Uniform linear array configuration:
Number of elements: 64
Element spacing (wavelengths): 0.75
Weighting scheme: hann
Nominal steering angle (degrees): -45
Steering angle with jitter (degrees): -43.249
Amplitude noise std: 0.05
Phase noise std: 0.05

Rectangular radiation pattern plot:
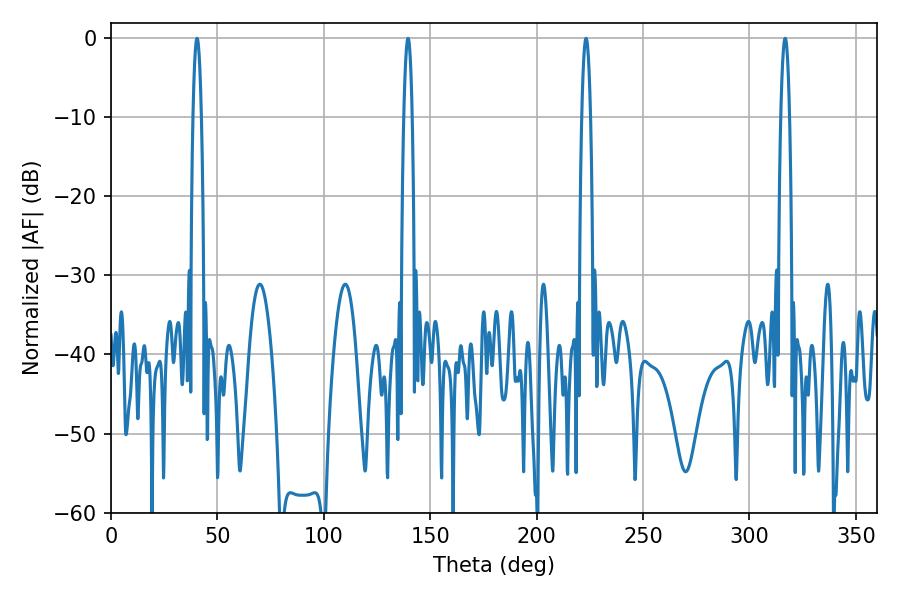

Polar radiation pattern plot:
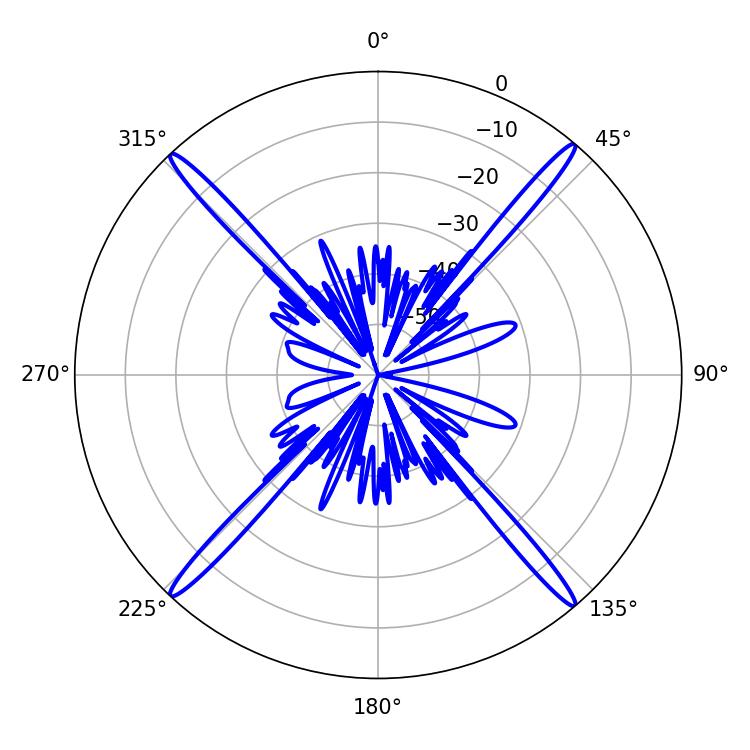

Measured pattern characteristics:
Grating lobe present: TRUE
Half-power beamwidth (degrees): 2.16
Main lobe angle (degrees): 223.2